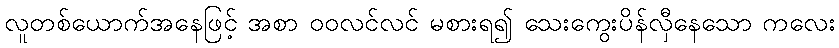
လူတစ်ယောက်အနေဖြင့် အစာ ဝဝလင်လင် မစားရ၍ သေးကွေးပိန်လှီနေသော ကလေး